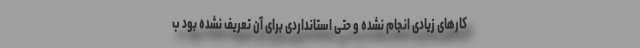
کارهای زیادی انجام نشده و حتی استانداردی برای آن تعریف نشده بود ب